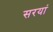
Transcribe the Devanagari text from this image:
सरयां